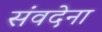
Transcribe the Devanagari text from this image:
संवदेना